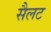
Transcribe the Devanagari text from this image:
सैलट